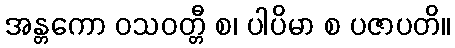
အန္တကော ဝသဝတ္တီ စ၊ ပါပိမာ စ ပဇာပတိ။